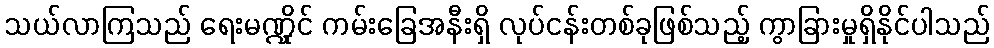
သယ်လာကြသည် ရေးမဏ္ဍိုင် ကမ်းခြေအနီးရှိ လုပ်ငန်းတစ်ခုဖြစ်သည့် ကွာခြားမှုရှိနိုင်ပါသည်